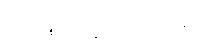
ပလာစတာနဲ့ ပတ်ရပါမယ်။